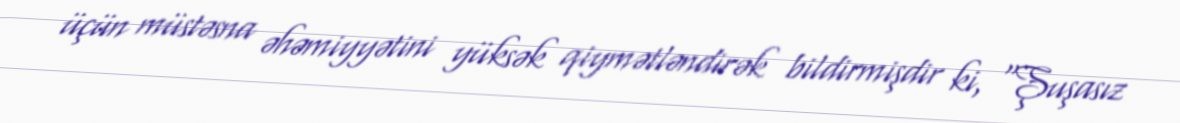
üçün müstəsna əhəmiyyətini yüksək qiymətləndirək bildirmişdir ki, “Şuşasız